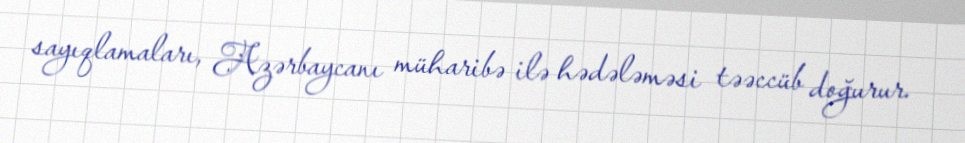
sayıqlamaları, Azərbaycanı müharibə ilə hədələməsi təəccüb doğurur.